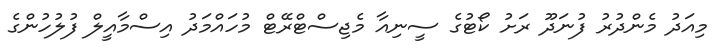
މިއަދު މެންދުރު ފުނަދޫ ރަށު ކޯޓުގެ ސީނިއާ މެޖިސްޓްރޭޓް މުހައްމަދު އިސްމާއީލް ފުލުހުންގެ